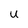
Character: U